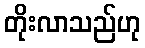
တိုးလာသည်ဟု